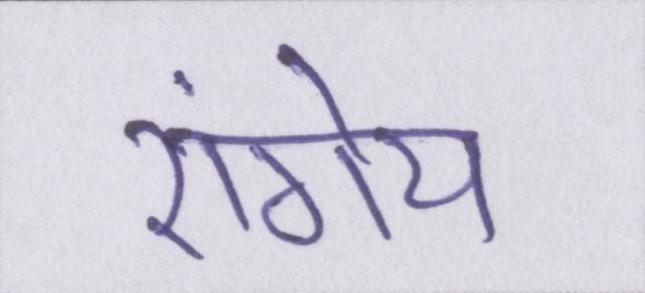
रांगेय